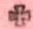
+